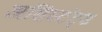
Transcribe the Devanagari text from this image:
असिस्टंट्स